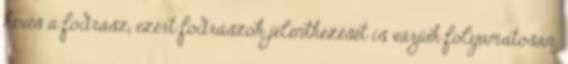
kevés a fodrász, ezért fodrászok jelentkezését is várjuk folyamatosan.